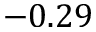
- 0 . 2 9